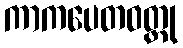
ကာကပေတဝတ္ထု